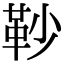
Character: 䩖